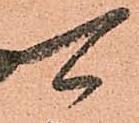
可